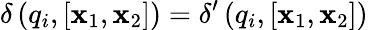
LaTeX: \delta\left(q_{i},[\mathbf{x}_{1},\mathbf{x}_{2}]\right)=\delta^{\prime}\left(q_{i},[\mathbf{x}_{1},\mathbf{x}_{2}]\right)